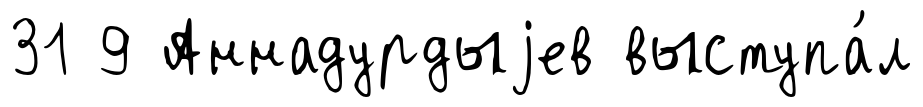
31 9 Аннадурдыjев выступа́л